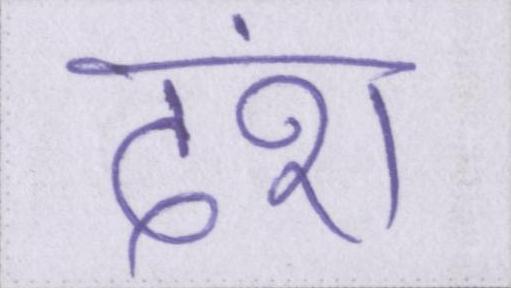
दंश